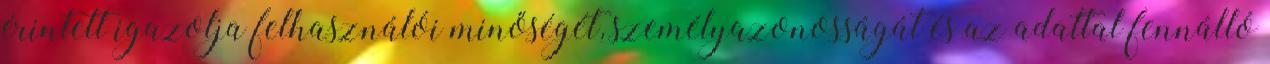
érintett igazolja felhasználói minőségét, személyazonosságát és az adattal fennálló